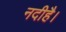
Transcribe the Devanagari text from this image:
नदीहै।